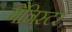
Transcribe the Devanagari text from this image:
गैनिस्टर